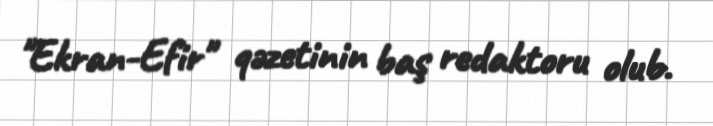
"Ekran-Efir" qəzetinin baş redaktoru olub.